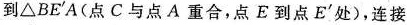
CB到ΔBEA(点C与点A重合，点E到点E'处)，连接